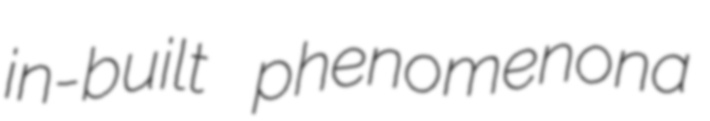
in-built phenomenona